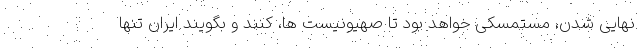
نهایی شدن، مستمسکی خواهد بود تا صهیونیست ها، کنند و بگویند ایران تنها